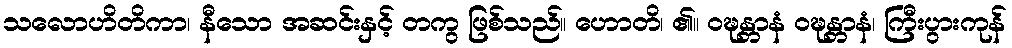
သလောဟိတိကာ၊ နီသော အဆင်းနှင့် တကွ ဖြစ်သည်။ ဟောတိ၊ ၏။ ဝဍ္ဎန္တာနံ ဝဍ္ဎန္တာနံ၊ ကြီးပွားကုန်